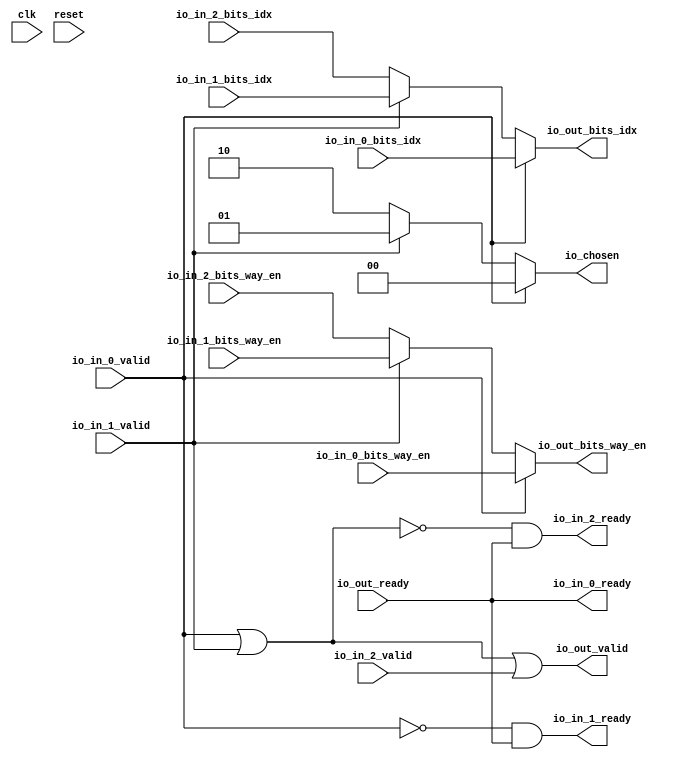
// Copyright (c) 2017, Microsemi Corporation
// All rights reserved.
//
// Redistribution and use in source and binary forms, with or without
// modification, are permitted provided that the following conditions are met:
//     * Redistributions of source code must retain the above copyright
//       notice, this list of conditions and the following disclaimer.
//     * Redistributions in binary form must reproduce the above copyright
//       notice, this list of conditions and the following disclaimer in the
//       documentation and/or other materials provided with the distribution.
//     * Neither the name of the <organization> nor the
//       names of its contributors may be used to endorse or promote products
//       derived from this software without specific prior written permission.
//
// THIS SOFTWARE IS PROVIDED BY THE COPYRIGHT HOLDERS AND CONTRIBUTORS "AS IS" AND
// ANY EXPRESS OR IMPLIED WARRANTIES, INCLUDING, BUT NOT LIMITED TO, THE IMPLIED
// WARRANTIES OF MERCHANTABILITY AND FITNESS FOR A PARTICULAR PURPOSE ARE
// DISCLAIMED. IN NO EVENT SHALL MICROSEMI CORPORATIONM BE LIABLE FOR ANY
// DIRECT, INDIRECT, INCIDENTAL, SPECIAL, EXEMPLARY, OR CONSEQUENTIAL DAMAGES
// (INCLUDING, BUT NOT LIMITED TO, PROCUREMENT OF SUBSTITUTE GOODS OR SERVICES;
// LOSS OF USE, DATA, OR PROFITS; OR BUSINESS INTERRUPTION) HOWEVER CAUSED AND
// ON ANY THEORY OF LIABILITY, WHETHER IN CONTRACT, STRICT LIABILITY, OR TORT
// (INCLUDING NEGLIGENCE OR OTHERWISE) ARISING IN ANY WAY OUT OF THE USE OF THIS
// SOFTWARE, EVEN IF ADVISED OF THE POSSIBILITY OF SUCH DAMAGE.
//
// Description:
//
// SVN Revision Information:
// SVN $Revision: 29484 $
// SVN $Date: 2017-03-31 09:57:25 +0100 (Fri, 31 Mar 2017) $
//
// Resolved SARs
// SAR      Date     Who   Description
//
// Notes:
//
// ****************************************************************************/
`define RANDOMIZE
`timescale 1ns/10ps
module PROC_SUBSYSTEM_CORERISCV_AXI4_0_CORERISCV_AXI4_ARBITER(
  input   clk,
  input   reset,
  output  io_in_0_ready,
  input   io_in_0_valid,
  input  [6:0] io_in_0_bits_idx,
  input   io_in_0_bits_way_en,
  output  io_in_1_ready,
  input   io_in_1_valid,
  input  [6:0] io_in_1_bits_idx,
  input   io_in_1_bits_way_en,
  output  io_in_2_ready,
  input   io_in_2_valid,
  input  [6:0] io_in_2_bits_idx,
  input   io_in_2_bits_way_en,
  input   io_out_ready,
  output  io_out_valid,
  output [6:0] io_out_bits_idx,
  output  io_out_bits_way_en,
  output [1:0] io_chosen
);
  wire [1:0] GEN_0;
  wire [6:0] GEN_1;
  wire  GEN_2;
  wire [1:0] GEN_3;
  wire [6:0] GEN_4;
  wire  GEN_5;
  wire  T_638;
  wire  T_640;
  wire  T_642;
  wire  T_644;
  wire  T_645;
  wire  T_647;
  wire  T_648;
  assign io_in_0_ready = io_out_ready;
  assign io_in_1_ready = T_644;
  assign io_in_2_ready = T_645;
  assign io_out_valid = T_648;
  assign io_out_bits_idx = GEN_4;
  assign io_out_bits_way_en = GEN_5;
  assign io_chosen = GEN_3;
  assign GEN_0 = io_in_1_valid ? 2'h1 : 2'h2;
  assign GEN_1 = io_in_1_valid ? io_in_1_bits_idx : io_in_2_bits_idx;
  assign GEN_2 = io_in_1_valid ? io_in_1_bits_way_en : io_in_2_bits_way_en;
  assign GEN_3 = io_in_0_valid ? 2'h0 : GEN_0;
  assign GEN_4 = io_in_0_valid ? io_in_0_bits_idx : GEN_1;
  assign GEN_5 = io_in_0_valid ? io_in_0_bits_way_en : GEN_2;
  assign T_638 = io_in_0_valid | io_in_1_valid;
  assign T_640 = io_in_0_valid == 1'h0;
  assign T_642 = T_638 == 1'h0;
  assign T_644 = T_640 & io_out_ready;
  assign T_645 = T_642 & io_out_ready;
  assign T_647 = T_642 == 1'h0;
  assign T_648 = T_647 | io_in_2_valid;
endmodule